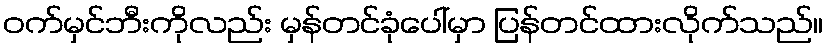
ဝက်မှင်ဘီးကိုလည်း မှန်တင်ခုံပေါ်မှာ ပြန်တင်ထားလိုက်သည်။